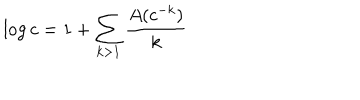
\log c = 1 + \sum _ { k > 1 } { \frac { A ( c ^ { - k } ) } { k } }